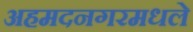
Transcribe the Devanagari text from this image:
अहमदनगरमधले